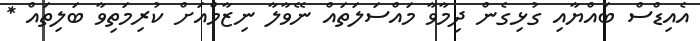
އެއިޑްސް ބައްޔާއި ގުޅިގެން ދިމާވާ މައްސަލަތައް ނޭވާލާ ނިޒާމްއަށް ކުރިމަތިވާ ބަލިތައް *